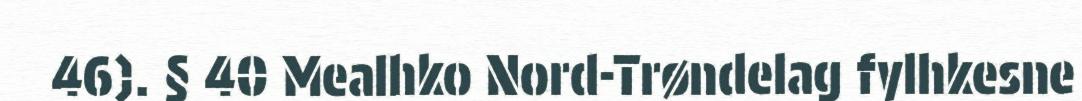
46). § 40 Mealhko Nord-Trøndelag fylhkesne